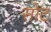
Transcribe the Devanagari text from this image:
सोट